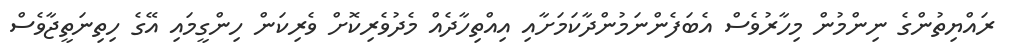
ރައްޔިތުންގެ ނިންމުން މިހާރުވެސް އެބަފެންނަމުންދާކަމަށާއި އިއްތިހާދެއް މެދުވެރިކޮށް ވެރިކަން ހިންގީމައި އޭގެ ހިތިނަތީޖާވެސް